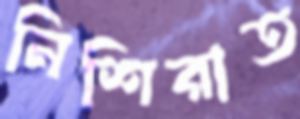
নিশিরাত